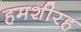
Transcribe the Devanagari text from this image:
हमशीरह